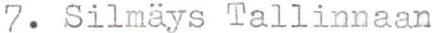
7. Silmäys Tallinnaan